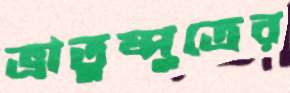
ভ্রাতুষ্পুত্রের